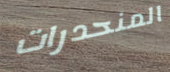
المنحدرات